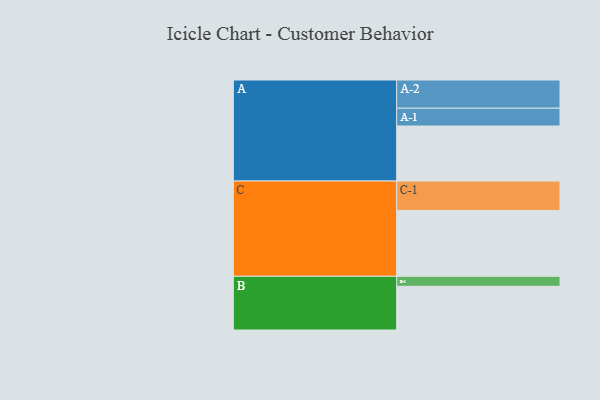
{"axis": {"x": "Segment", "y": "Value"}, "legend": ["", "A", "B", "C"], "data": [{"x": "A", "y": 408, "type": ""}, {"x": "B", "y": 324, "type": ""}, {"x": "C", "y": 488, "type": ""}, {"x": "A-1", "y": 132, "type": "A"}, {"x": "A-2", "y": 209, "type": "A"}, {"x": "B-1", "y": 74, "type": "B"}, {"x": "C-1", "y": 218, "type": "C"}]}